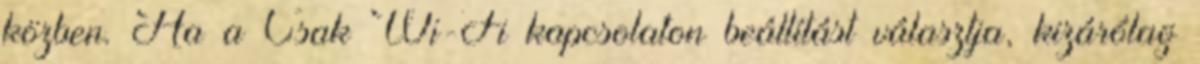
közben. Ha a Csak Wi-Fi kapcsolaton beállítást választja, kizárólag